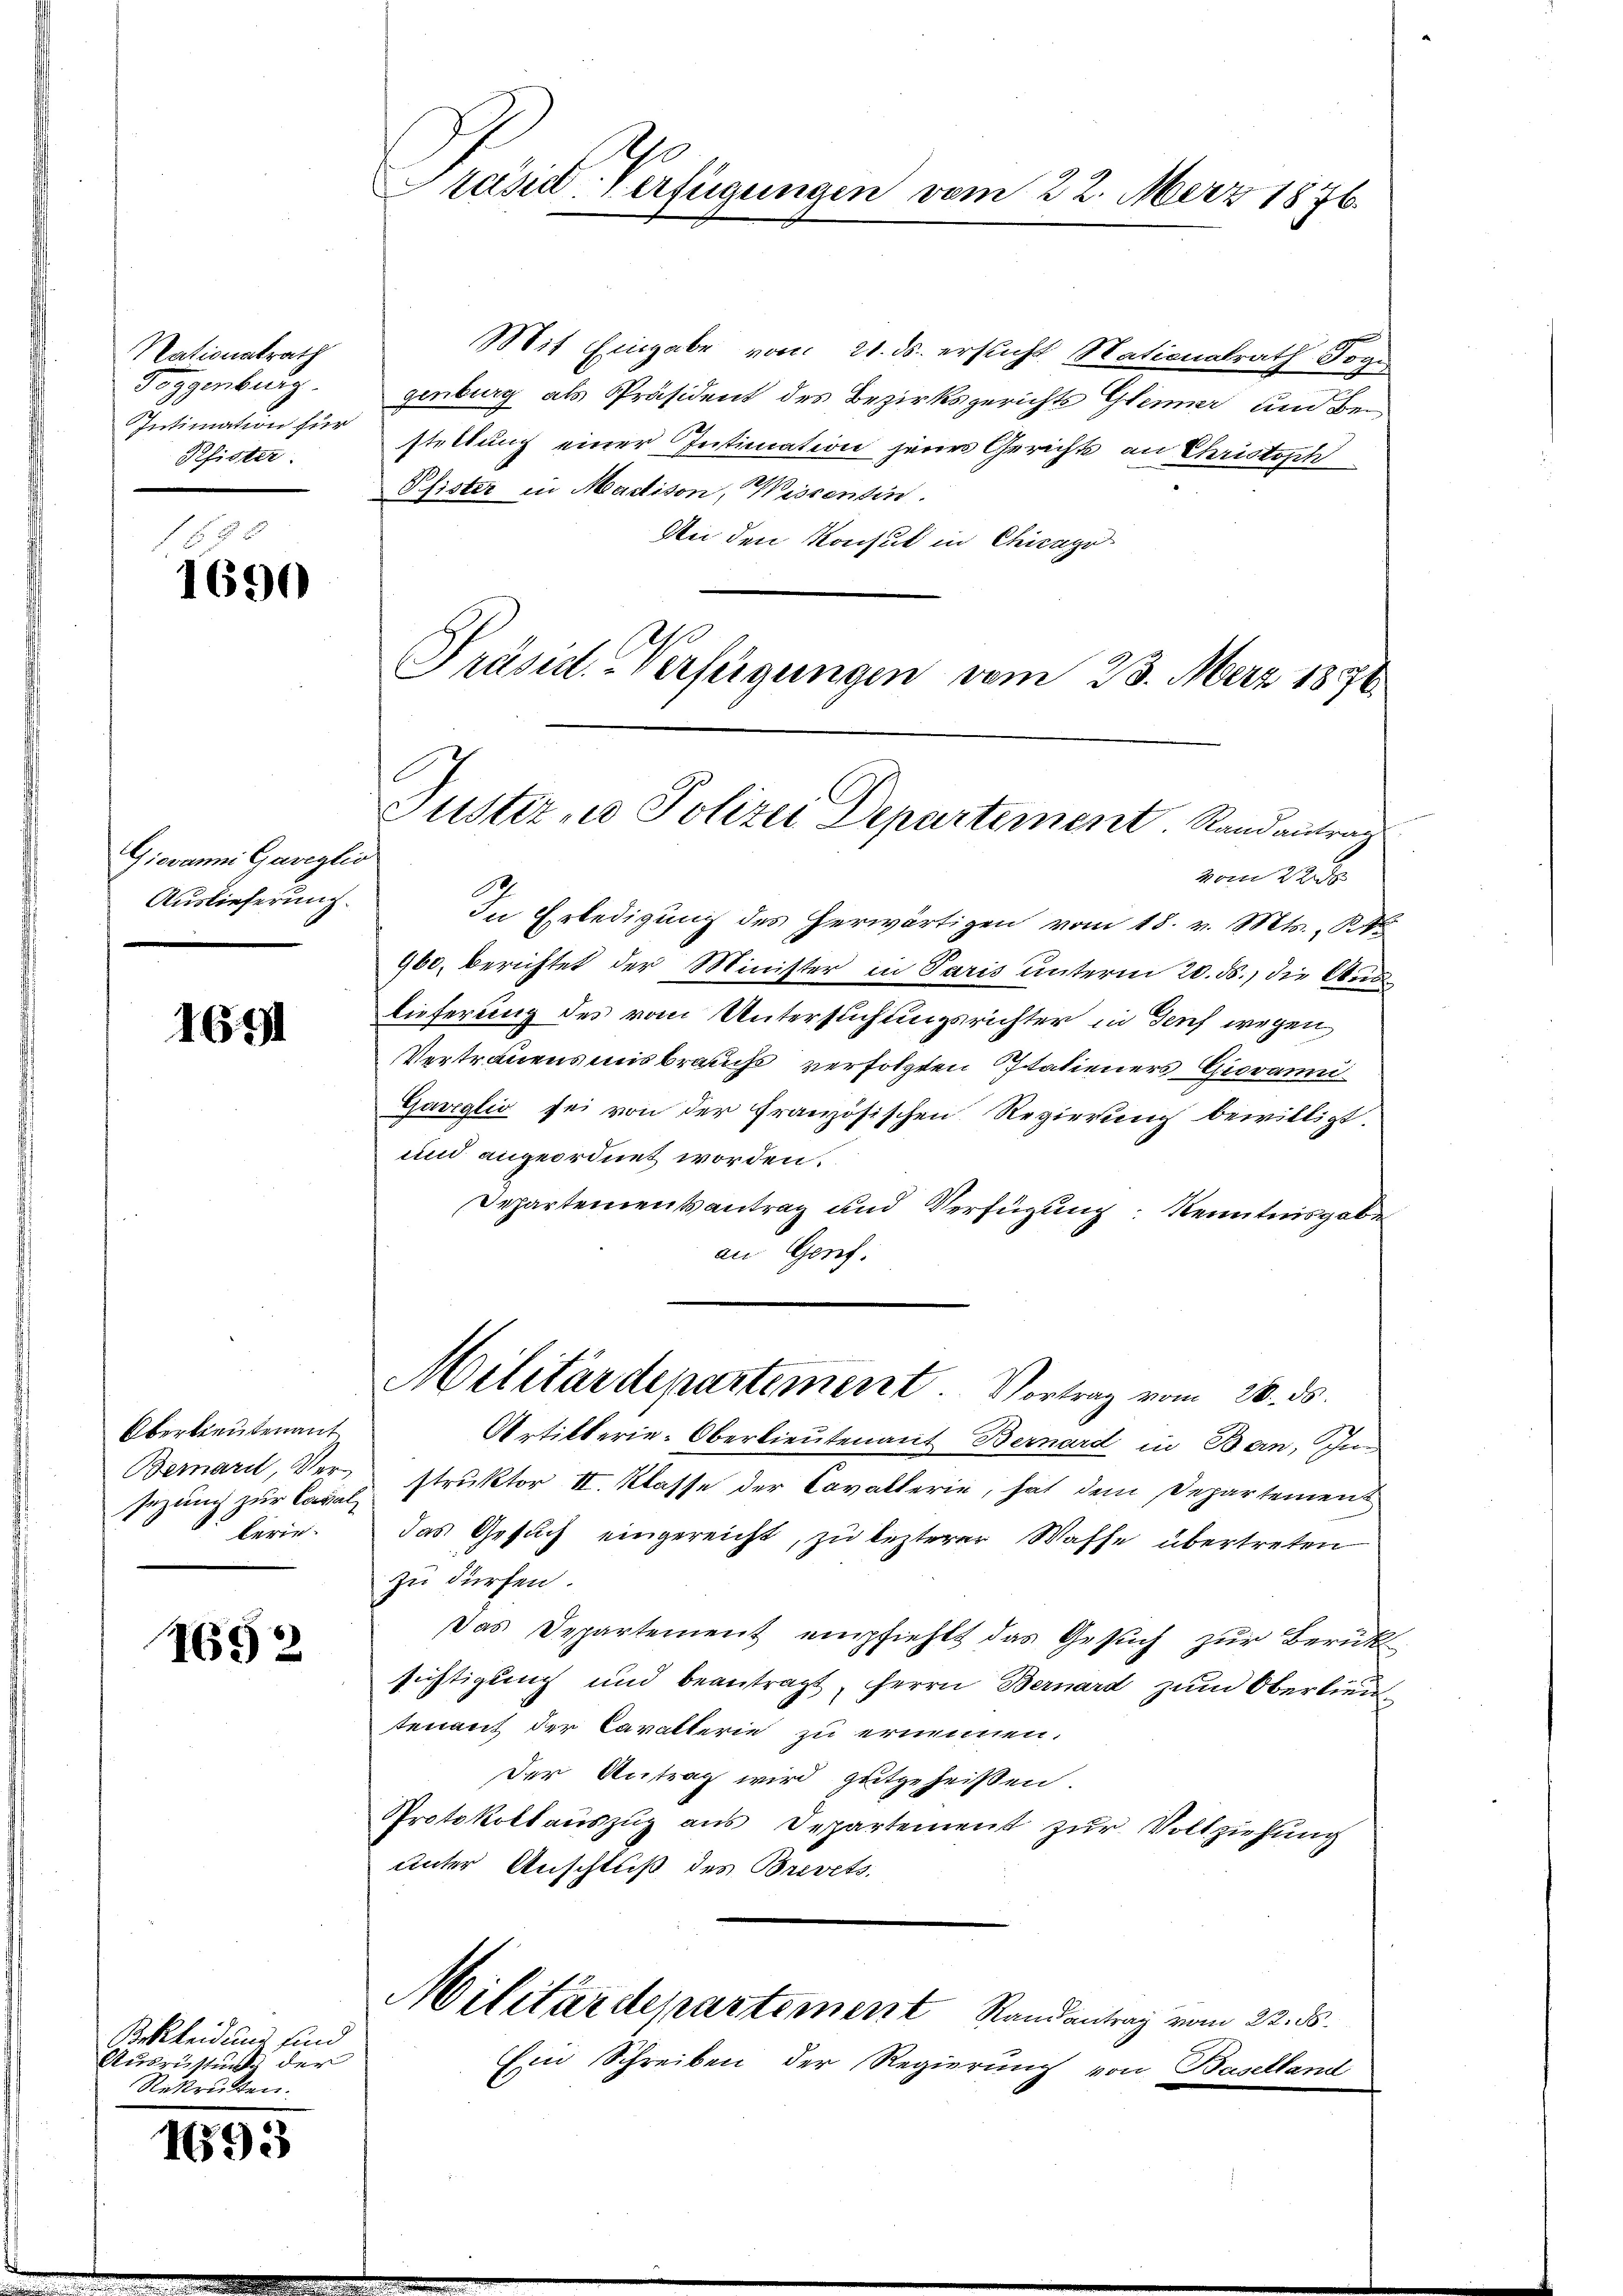
Nationalrath
Toggenburg.
Pfister.

1690

Giovanni Gaveglio
Auslieferung.

1691

Obertreutenant
Bernard, Versezung zur Corallerie¬

1692

Bekleidung sind
Auszustick der
Rekritten.

1693

Präsid. Verfügungen vom 22. März 1876.

Mit Eingabe vom 21. ds. ersucht Nationalrath Soge
genburg als Präsident des Bezirksgerichts Gleiner und bei¬
Intimation für stellung einer Intimation jenes Gerichts an Christoph
Pfister in Mattison, Wissentin.
An den Konsul in Chicago
Präsid. Verfügungen vom 23. März 1876

vom 22.
In Erledigung des herwärtigen vom 18. v. Mts., St
960. berichtet der Minister in Paris unterm 20. ds., die Auslieferung des vom Untersuchungsrichter in Genf wegen
Vertrauensmisbrauchs verfolgten Patieners Giovanni¬
Gariglio sei von der französischen Regierung bewilligt.
und angeordnet worden.
Departementsantrag und Verfügung Kenntnisgabe
an Genf.

Justiz- u Polizei Departement. Randantrag

Militärdepartement. Vortrag vom 26. ds.

Militärdepartement Randantrag vom 22. ds.
Ein Schreiben der Regierung von Baselland

Artikterie-Oberlieutenant Bernard in Bern, In
struktor II. Klasse der Cavallerie, hat dem Departement
das Gesuch eingereicht, zu lezterer Waffe übertreten
zu dürfen.
Das Departement empfiehlt das Gesuch zur Berük
sichtigung und beantragt, Herrn Bernard zum Oberlieutenant der Cavallerie zu ernennen.
Der Antrag wird gutgeheißen.
Protokollaŭszŭg ans Departement zŭr Vollziehung
unter Anschluß des Brevets.